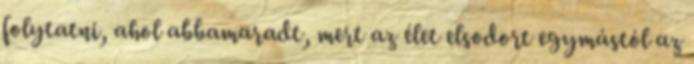
folytatni, ahol abbamaradt, mert az élet elsodort egymástól az